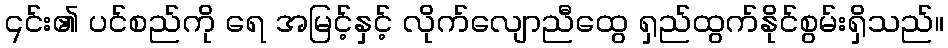
၎င်း၏ ပင်စည်ကို ရေ အမြင့်နှင့် လိုက်လျောညီထွေ ရှည်ထွက်နိုင်စွမ်းရှိသည်။